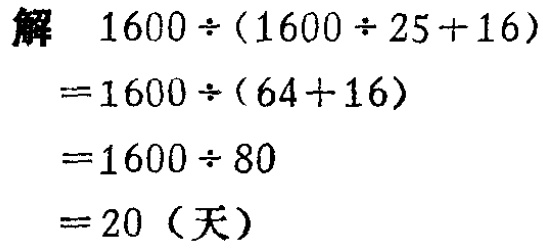
解
\[
\begin{align*}
&1600\div(1600\div25 + 16)\\
=&1600\div(64 + 16)\\
=&1600\div80\\
=&20 (\text{天})
\end{align*}
\]